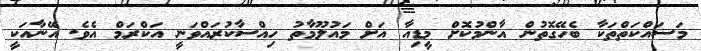
މަސައްކަތްތަކާ ބެހޭގޮތުން އާންމުކޮށް މީޑިއާ އަށް މައުލޫމާތު ހިއްސާކުރައްވަނީ އަކްރަމް އެވެ. އޭނާއަކީ